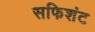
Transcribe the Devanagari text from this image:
सफिशंट